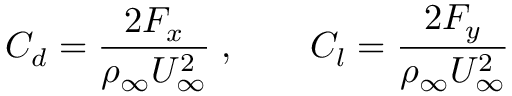
C _ { d } = \frac { 2 F _ { x } } { \rho _ { \infty } U _ { \infty } ^ { 2 } } \; , \qquad C _ { l } = \frac { 2 F _ { y } } { \rho _ { \infty } U _ { \infty } ^ { 2 } }